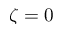
\zeta = 0